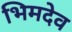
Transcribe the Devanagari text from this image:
भिमदेव